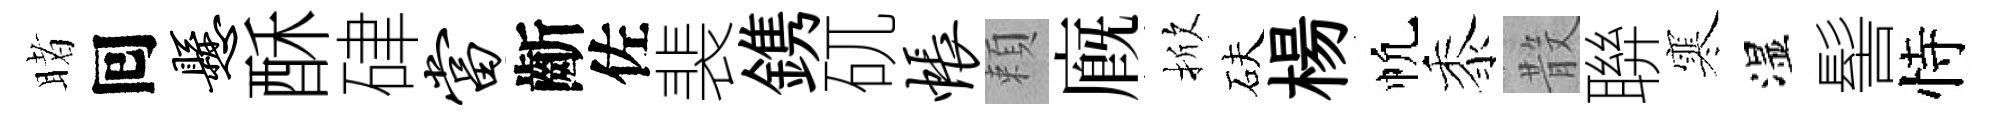
睹囘悬酥硉当齗佐裴鎸矹帐頼廐掀砆楊帆黍𣪚聨寒湿髻恃